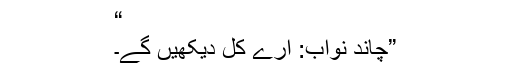
“
”چاند نواب: ارے کل دیکھیں گے۔